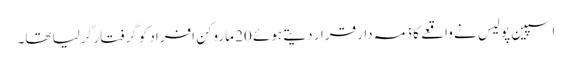
اسپین پولیس نے واقعے کا ذمہ دار قرار دیتے ہوئے 20 ماروکن افراد کو گرفتار کرلیا تھا۔